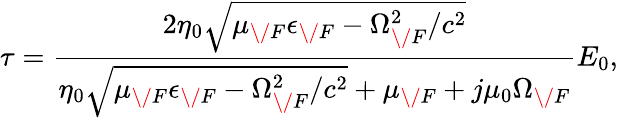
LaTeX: \tau=\frac{2\eta_{0}\sqrt{\mu_{\/ F}\epsilon_{\/ F}-\Omega_{\/ F}^{2}/c^{2}}}{\eta_{0}\sqrt{\mu_{\/ F}\epsilon_{\/ F}-\Omega_{\/ F}^{2}/c^{2}}+\mu_{\/ F}+j\mu_{0}\Omega_{\/ F}}E_{0},